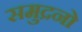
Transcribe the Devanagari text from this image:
समुद्रनो